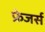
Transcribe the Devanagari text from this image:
फ्रेजर्स